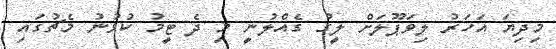
މިދިޔަ އަހަރު ލިވަޕޫލަށް ލީގު ގެއްލުނީ މި ދެ ޓީމު ކުޅުނު މެޗުގައި